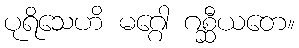
ပုရိသေဟိ မဂ္ဂေါ ဂစ္ဆီယတေ။